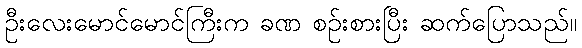
ဦးလေးမောင်မောင်ကြီးက ခဏ စဉ်းစားပြီး ဆက်ပြောသည်။